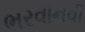
ભરવાનવી